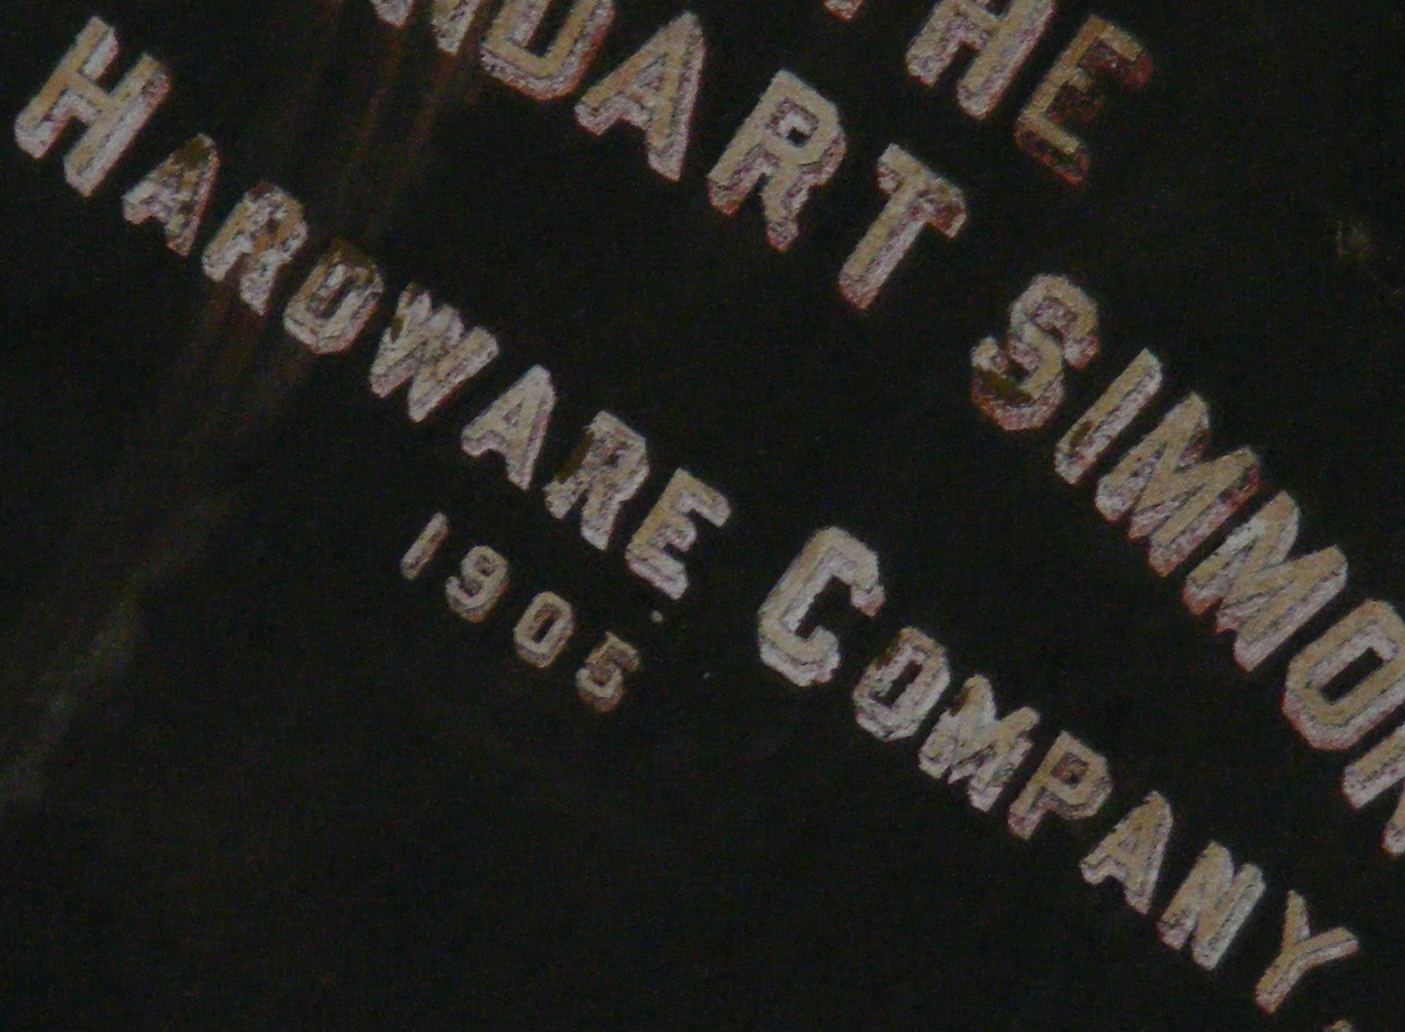
HAROWARE COMPANY